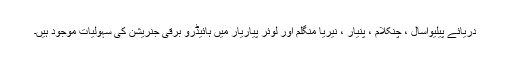
دریائے پیلیواسال ، چنکلام ، پنیار ، نیریا منگلم اور لوئر پیاریار میں ہائیڈرو برقی جنریشن کی سہولیات موجود ہیں۔